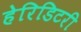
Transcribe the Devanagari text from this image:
हेरिडिटरी